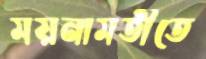
ময়নামতীতে